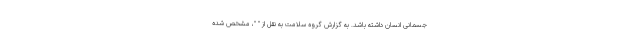
جسمانی انسان داشته باشد. به گزارش گروه سلامت به نقل از " "، مشخص شده